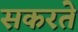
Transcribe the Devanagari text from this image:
सकरते